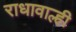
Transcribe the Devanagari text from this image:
राधावाल्ही